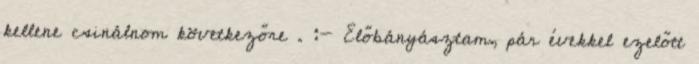
kellene csinálnom következőre . :- Előbányásztam, pár évekkel ezelőtt